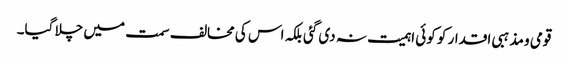
قومی و مذہبی اقدار کو کوئی اہمیت نہ دی گئی بلکہ اس کی مخالف سمت میں چلا گیا۔